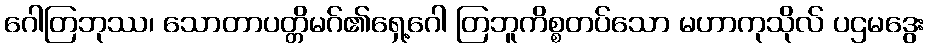
ဂေါတြဘုဿ၊ သောတာပတ္တိမဂ်၏ရှေ့ဂေါ တြဘူကိစ္စတပ်သော မဟာကုသိုလ် ပဌမဒွေး